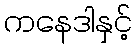
ကနေဒါနှင့်